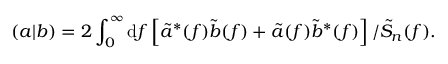
\left( a | b \right) = 2 \int _ { 0 } ^ { \infty } \mathrm { d } f \left[ \tilde { a } ^ { \ast } ( f ) \tilde { b } ( f ) + \tilde { a } ( f ) \tilde { b } ^ { \ast } ( f ) \right] / \tilde { S } _ { n } ( f ) .